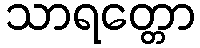
သာရတ္တော